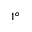
1 ^ { o }